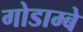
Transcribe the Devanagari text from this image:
गोडाम्बे